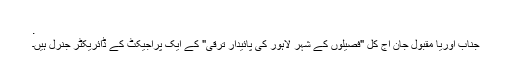
.
جناب اوریا مقبول جان آج کل "فصیلوں کے شہر لاہور کی پائیدار ترقی" کے ایک پراجیکٹ کے ڈائریکٹر جنرل ہیں۔